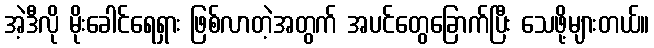
အဲ့ဒီလို မိုးခေါင်ရေရှား ဖြစ်လာတဲ့အတွက် အပင်တွေခြောက်ပြီး သေဖို့များတယ်။